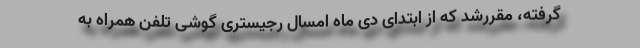
گرفته، مقررشد که از ابتدای دی ماه امسال رجیستری گوشی تلفن همراه به